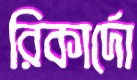
রিকার্দো